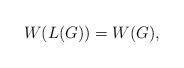
LaTeX: \begin{align*} W(L(G))=W(G),\end{align*}